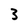
Character: 3